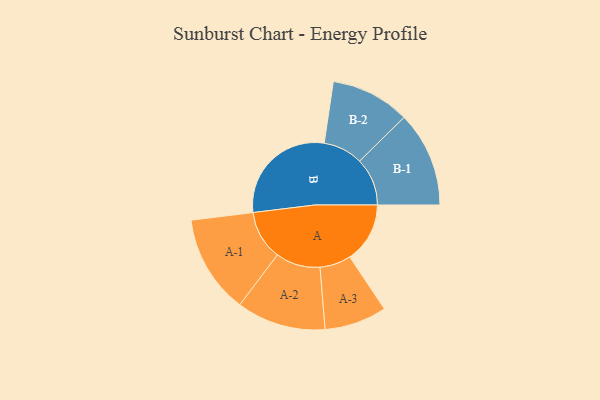
{"axis": {"x": "Segment", "y": "Value"}, "legend": ["", "A", "B"], "data": [{"x": "A", "y": 193, "type": ""}, {"x": "B", "y": 362, "type": ""}, {"x": "A-1", "y": 158, "type": "A"}, {"x": "A-2", "y": 143, "type": "A"}, {"x": "A-3", "y": 100, "type": "A"}, {"x": "B-1", "y": 153, "type": "B"}, {"x": "B-2", "y": 127, "type": "B"}]}